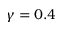
\gamma = 0 . 4